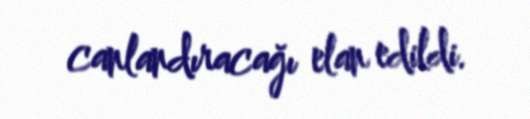
canlandıracağı elan edildi.